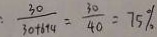
\frac { 3 0 } { 3 0 + 6 + 4 } = \frac { 3 0 } { 4 0 } = 7 5 \%